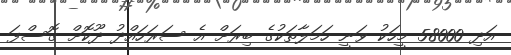
އަދި 58000 މީހަކު ވަނީ ހަމަލާތަކުގެ ބިރަށް އެ ސަރަހައްދު ދޫކޮށް ގޮސްފަ